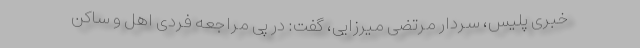
خبری پلیس، سردار مرتضی میرزایی، گفت: در پی مراجعه فردی اهل و ساکن